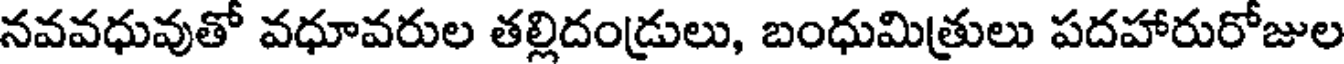
నవవధువుతో వధూవరుల తల్లిదండ్రులు, బంధుమిత్రులు పదహారురోజుల